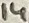
Text: 14